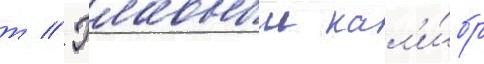
т // Главныи кал'и́бр